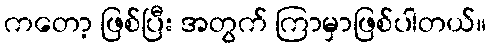
ကတော့ ဖြစ်ပြီး အတွက် ကြာမှာဖြစ်ပါတယ်။